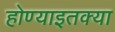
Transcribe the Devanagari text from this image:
होण्याइतक्या